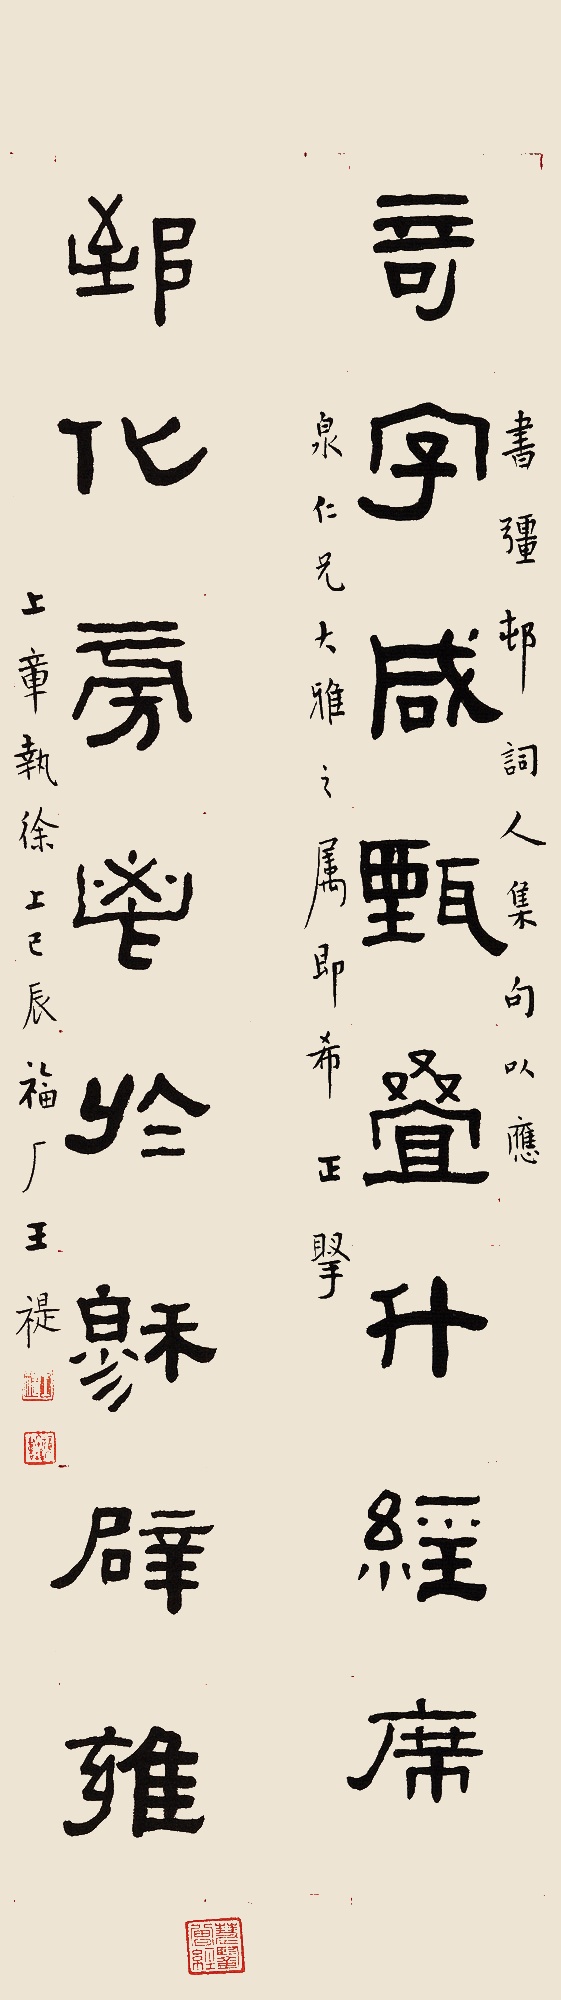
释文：奇字咸甄叠升经席，郅化旁鬯于穆辟雍。书疆村词人集句，以应泉仁兄大雅之属，即希正腕。上章执徐上巳辰，福厂王禔。